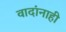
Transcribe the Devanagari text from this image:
वादांनाही